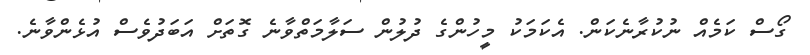
ގޯސް ކަމެއް ނުކުރާނެކަން. އެކަމަކު މީހުންގެ ދުލުން ސަލާމަތްވާނެ ގޮތަށް އަބަދުވެސް އުޅެންވާނެ.